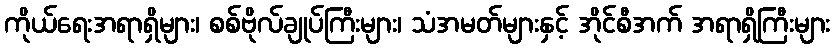
ကိုယ်ရေးအရာရှိများ၊ စစ်ဗိုလ်ချုပ်ကြီးများ၊ သံအမတ်များနှင့် အိုင်စီအက် အရာရှိကြီးများ